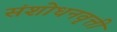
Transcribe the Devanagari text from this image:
संशोधनवृत्ती